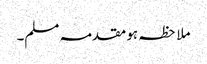
ملاحظہ ہو مقدمہ مسلم۔